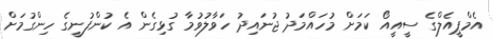
އެމްޕީއެލްގެ ސީއީއޯ ކަމަށް މުހައްމަދު ޖުނައިދު ހަވާލުވުމާ ގުޅިގެން އެ ކުންފުނީގެ ހިންގުމަށް